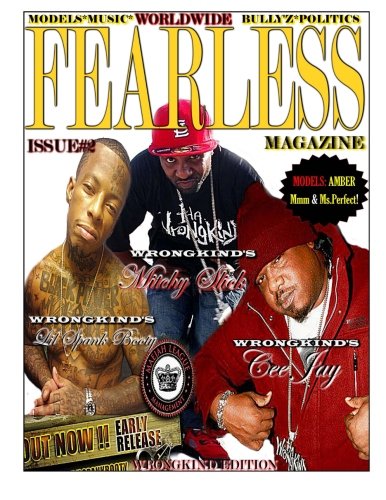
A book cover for Worldwide Fearless Magazine Edition #2: Feat. Mitchy Slick & Cee Jay(Wrongkind) (Volume 2); Mr. Brandy Anderson II; Humor & Entertainment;